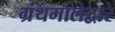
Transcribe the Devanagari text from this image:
ग्रंथमालेद्वारे